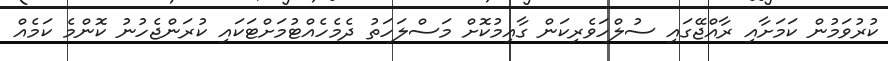
ކުރުވަމުން ކަމަށާއި ރާއްޖޭގައި ސުލްހަވެރިކަން ގާއިމުކޮށް މަސްލަހަތު ދެމެހެއްޓުމަށްޓަކައި ކުރަންޖެހުނު ކޮންމެ ކަމެއް